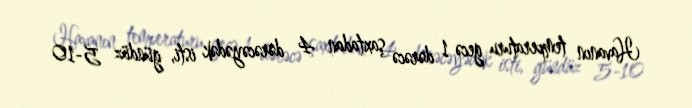
Havanın temperaturu gecə 1 dərəcə şaxtadan 4 dərəcəyədək isti, gündüz 5-10